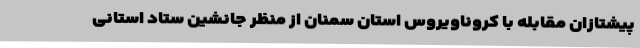
پیشتازان مقابله با کروناویروس استان سمنان از منظر جانشین ستاد استانی